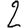
Digit: 2